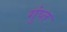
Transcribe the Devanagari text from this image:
गुंप्त